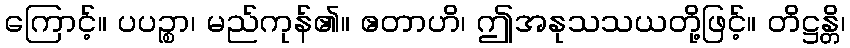
ကြောင့်။ ပပဉ္စာ၊ မည်ကုန်၏။ ဧတာဟိ၊ ဤအနုသသယတို့ဖြင့်။ တိဋ္ဌန္တိ၊